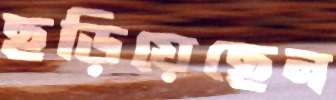
ছড়িয়েছেন